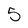
Character: 5